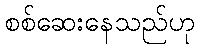
စစ်ဆေးနေသည်ဟု